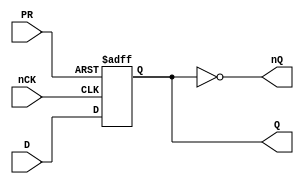
// Fujitsu AV cell
// Power DFF with PRESET
// furrtek 2022

`timescale 1ns/100ps

module FD3(
	input nCK,
	input D,
	input PR,
	output reg Q = 1'b0,
	output nQ
);

	always @(negedge nCK or negedge PR) begin	// Posedge ?
		if (!PR)
			Q <= 1'b1;	// tmax = 5.2ns
		else
			Q <= D;		// tmax = 5.4ns
	end
	
	assign nQ = ~Q;

endmodule